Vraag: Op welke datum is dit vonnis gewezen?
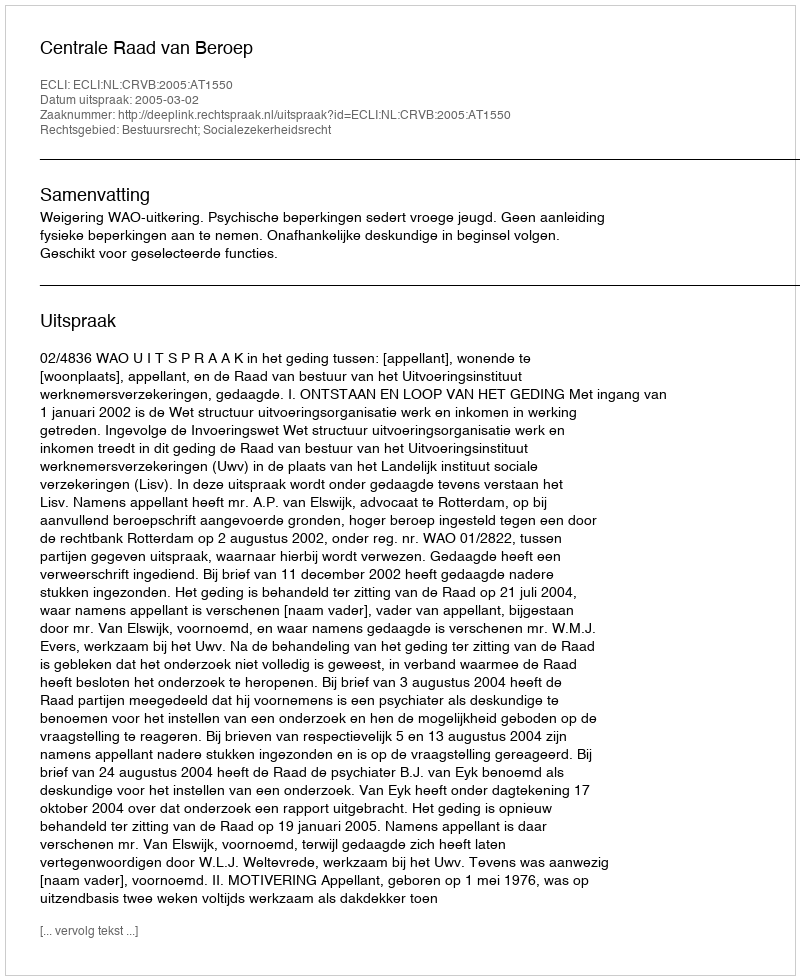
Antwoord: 2005-03-02